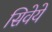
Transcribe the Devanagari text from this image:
सिवेये